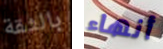
بالثقة أنهاء